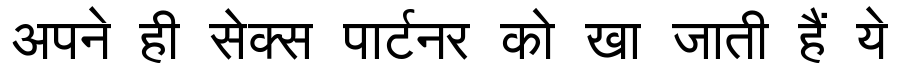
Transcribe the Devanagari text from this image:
अपने ही सेक्स पार्टनर को खा जाती हैं ये